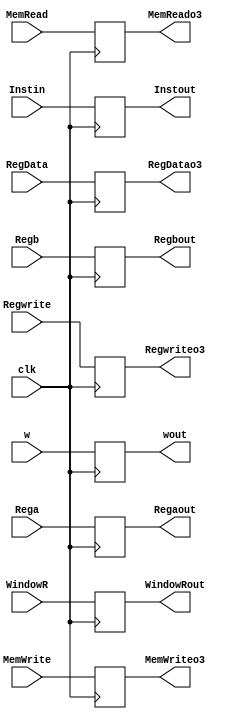
module Register3(Instin,
                 clk,
                 Rega,
                 Regb,
                 w,
                 Regaout,
                 Regbout,
                 wout,
                 Instout,
                 MemRead,
                 MemWrite,
                 Regwrite,
                 MemReado3,
                 MemWriteo3,
                 Regwriteo3,
                 RegData,
                 RegDatao3,
                 WindowR,
                 WindowRout);
    
    
    input [15:0] Instin;
    input clk;
    input [15:0] Rega;
    input [15:0] Regb;
    input [15:0] w;
    input[1:0] WindowR;
    
    output reg[15:0] wout      = 0;
    output reg[15:0] Regaout   = 0;
    output reg[15:0] Regbout   = 0;
    output reg [15:0] Instout  = 16'h8040;
    output reg[1:0] WindowRout = 0;
    
    //Control
    input MemRead,MemWrite,Regwrite;
    input[1:0] RegData;
    output reg MemReado3       = 0,MemWriteo3       = 0,Regwriteo3       = 0;
    output reg [1:0] RegDatao3 = 0;
    
    
    always@(posedge clk)
    begin
        Instout    = Instin;
        Regaout    = Rega;
        Regbout    = Regb;
        wout       = w;
        WindowRout = WindowR;
        //Control
        MemReado3  = MemRead;
        MemWriteo3 = MemWrite;
        Regwriteo3 = Regwrite;
        RegDatao3  = RegData;
    end
    
endmodule